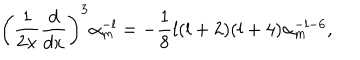
\left( { \frac { 1 } { 2 x } } { \frac { d } { d x } } \right) ^ { 3 } \alpha _ { m } ^ { - l } = - { \frac { 1 } { 8 } } l ( l + 2 ) ( l + 4 ) \alpha _ { m } ^ { - l - 6 } ,